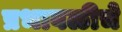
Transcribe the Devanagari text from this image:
प्रभावळीचे